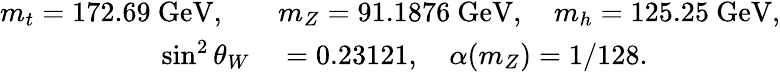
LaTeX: \begin{array}{rl}{m_{t}=172.69\mathrm{~GeV},\quad}&{{}m_{Z}=91.1876\mathrm{~GeV},\quad m_{h}=125.25\mathrm{~GeV},}\\ {\sin^{2}\theta_{W}}&{{}=0.23121,\quad\alpha(m_{Z})=1/128.}\end{array}